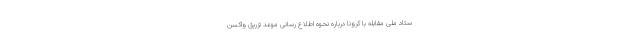
ستاد ملی مقابله با کرونا درباره نحوه اطلاع رسانی موعد تزریق واکسن